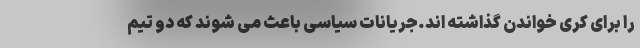
را برای کری خواندن گذاشته اند.جریانات سیاسی باعث می شوند که دو تیم